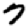
Digit: 7